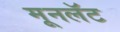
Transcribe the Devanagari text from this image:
मूनलॅट